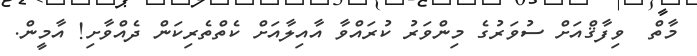
މާތް  ވިފާޤްއަށް ސުވަރުގެ މިންވަރު ކުރައްވާ އާއިލާއަށް ކެތްތެރިކަން ދެއްވާށި! އާމީން.